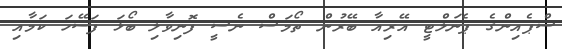
ސްޕެއިންގެ ޕެނަލްޓީ އޭރިއާ ބޭރުން ތޯމަސް ނެސީ ފޮނިވާލި ބޯޅަ ފަސޭހަ ކަމާއި